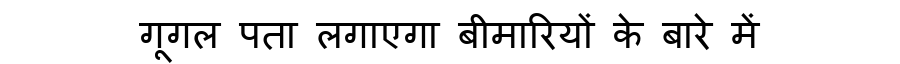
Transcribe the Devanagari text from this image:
गूगल पता लगाएगा बीमारियों के बारे में